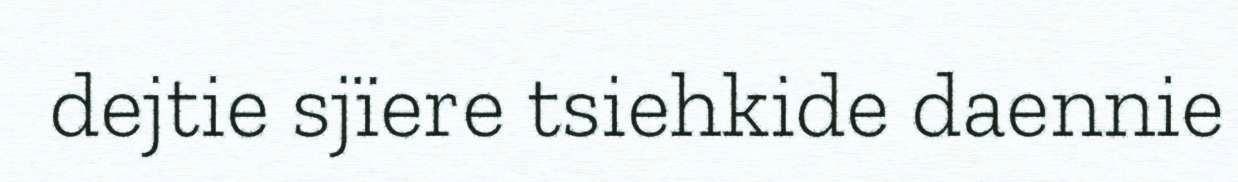
dejtie sjïere tsiehkide daennie